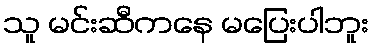
သူ မင်းဆီကနေ မပြေးပါဘူး